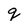
Character: q